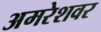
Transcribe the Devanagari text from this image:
अमरेशवर